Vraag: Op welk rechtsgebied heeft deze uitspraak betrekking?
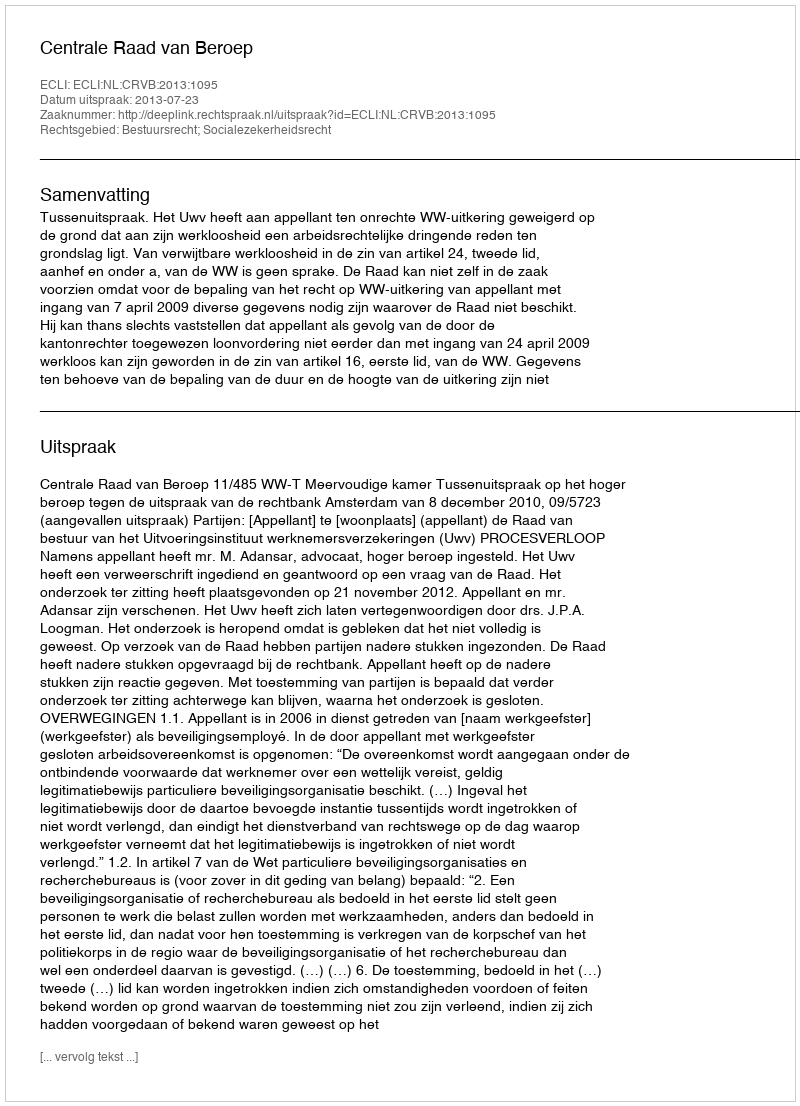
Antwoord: Bestuursrecht; Socialezekerheidsrecht